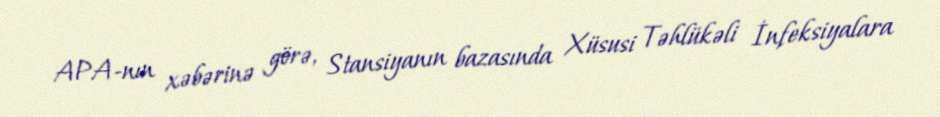
APA-nın xəbərinə görə, Stansiyanın bazasında Xüsusi Təhlükəli İnfeksiyalara